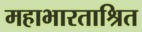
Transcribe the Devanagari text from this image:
महाभारताश्रित